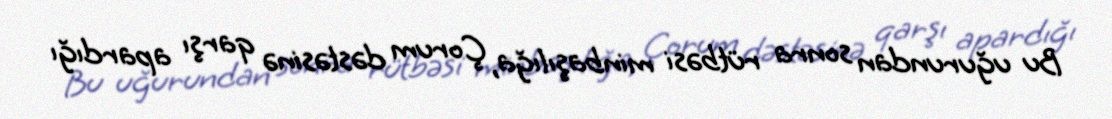
Bu uğurundan sonra rütbəsi minbaşılığa, Çorum dəstəsinə qarşı apardığı